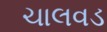
ચાલવડ